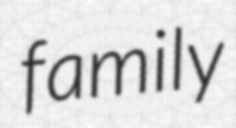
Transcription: family